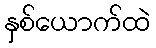
နှစ်ယောက်ထဲ